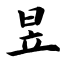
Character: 昱